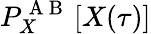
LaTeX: P_{X}^{\mathrm{~A~B~}}\left[X(\tau)\right]